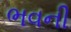
ભવની